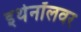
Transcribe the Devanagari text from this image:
इथेनॉलवर